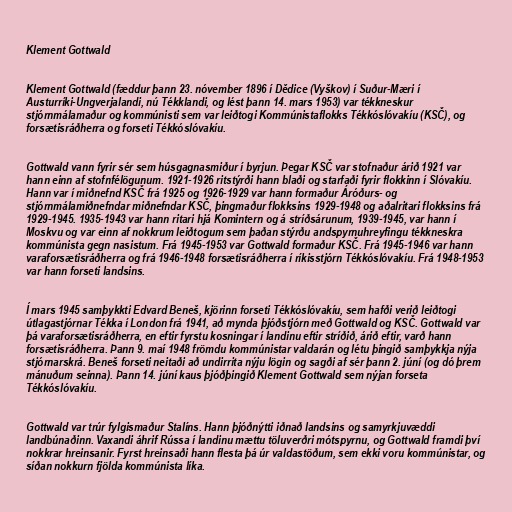
Klement Gottwald

Klement Gottwald (fæddur þann 23. nóvember 1896 í Dědice (Vyškov) í Suður-Mæri í
Austurríki-Ungverjalandi, nú Tékklandi, og lést þann 14. mars 1953) var tékkneskur
stjórnmálamaður og kommúnisti sem var leiðtogi Kommúnistaflokks Tékkóslóvakíu (KSČ), og
forsætisráðherra og forseti Tékkóslóvakíu.

Gottwald vann fyrir sér sem húsgagnasmiður í byrjun. Þegar KSČ var stofnaður árið 1921 var
hann einn af stofnfélögunum. 1921-1926 ritstýrði hann blaði og starfaði fyrir flokkinn í Slóvakíu.
Hann var í miðnefnd KSČ frá 1925 og 1926-1929 var hann formaður Áróðurs- og
stjórnmálamiðnefndar miðnefndar KSČ, þingmaður flokksins 1929-1948 og aðalritari flokksins frá
1929-1945. 1935-1943 var hann ritari hjá Komintern og á stríðsárunum, 1939-1945, var hann í
Moskvu og var einn af nokkrum leiðtogum sem þaðan stýrðu andspyrnuhreyfingu tékkneskra
kommúnista gegn nasistum. Frá 1945-1953 var Gottwald formaður KSČ. Frá 1945-1946 var hann
varaforsætisráðherra og frá 1946-1948 forsætisráðherra í ríkisstjórn Tékkóslóvakíu. Frá 1948-1953
var hann forseti landsins.

Í mars 1945 samþykkti Edvard Beneš, kjörinn forseti Tékkóslóvakíu, sem hafði verið leiðtogi
útlagastjórnar Tékka í London frá 1941, að mynda þjóðstjórn með Gottwald og KSČ. Gottwald var
þá varaforsætisráðherra, en eftir fyrstu kosningar í landinu eftir stríðið, árið eftir, varð hann
forsætisráðherra. Þann 9. maí 1948 frömdu kommúnistar valdarán og létu þingið samþykkja nýja
stjórnarskrá. Beneš forseti neitaði að undirrita nýju lögin og sagði af sér þann 2. júní (og dó þrem
mánuðum seinna). Þann 14. júní kaus þjóðþingið Klement Gottwald sem nýjan forseta
Tékkóslóvakíu.

Gottwald var trúr fylgismaður Stalíns. Hann þjóðnýtti iðnað landsins og samyrkjuvæddi
landbúnaðinn. Vaxandi áhrif Rússa í landinu mættu töluverðri mótspyrnu, og Gottwald framdi því
nokkrar hreinsanir. Fyrst hreinsaði hann flesta þá úr valdastöðum, sem ekki voru kommúnistar, og
síðan nokkurn fjölda kommúnista líka.